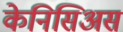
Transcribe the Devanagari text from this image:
केनिसिअस